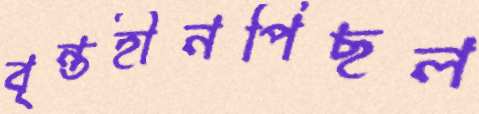
বৃন্তহীনপিছল